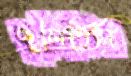
দুলিতিস